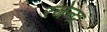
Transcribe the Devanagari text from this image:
रजेन्द्र